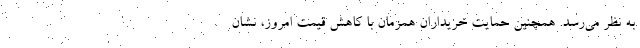
به نظر می‌رسد. همچنین حمایت خریداران همزمان با کاهش قیمت امروز، نشان